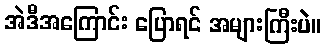
အဲဒီအကြောင်း ပြောရင် အများကြီးပဲ။